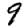
Digit: 9